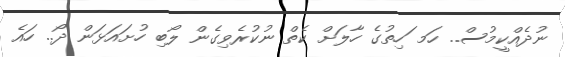
ނުދެއްކީމުސް.. ހަމ ަހިތުގެ ހާލަށް ކެތް ނުކުރެވިގެން ލޯބި ހުށައަޅަން ދޯ.. ހައެ